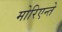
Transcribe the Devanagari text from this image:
मोरिएन्ते